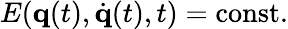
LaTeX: E(\mathbf{q}(t),{\dot{\mathbf{q}}}(t),t)={\mathrm{const}}.